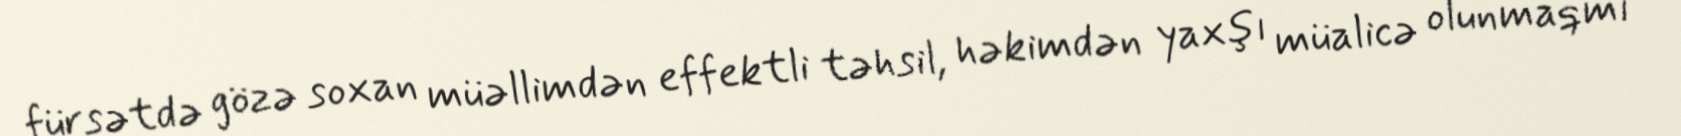
fürsətdə gözə soxan müəllimdən effektli təhsil, həkimdən yaxşı müalicə olunmaqmı